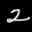
Label: 2